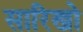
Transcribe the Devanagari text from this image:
सारिखो